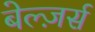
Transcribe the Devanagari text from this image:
बेल्ज़र्स